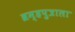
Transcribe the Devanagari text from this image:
ब्रम्हपुत्राला